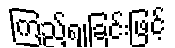
ကြည့်ရှုခြင်းဖြင့်